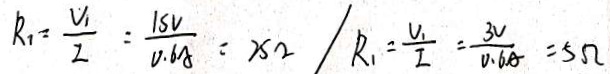
R _ { 1 } = \frac { V _ { 1 } } { I } = \frac { 1 s V } { 0 . 6 A } = 2 5 \Omega / R _ { 1 } = \frac { V _ { 1 } } { I } = \frac { 3 V } { 0 . 6 A } = 5 \Omega